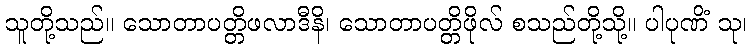
သူတို့သည်။ သောတာပတ္တိဖလာဒီနိ၊ သောတာပတ္တိဖိုလ် စသည်တို့သို့။ ပါပုဏိံ သု၊